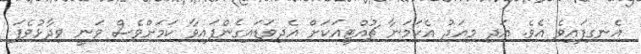
އެނގިފައިވެ އެވެ. އަދި މިއަދު އެކަމަނާ ޗުއްޓީއަކަށް އެދިވަޑައިގެންފައިވާ ކަަމަށްވެސް ވަނީ ވިދާޅުވެފަ